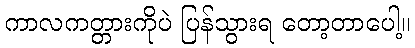
ကာလကတ္တားကိုပဲ ပြန်သွားရ တော့တာပေါ့။